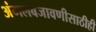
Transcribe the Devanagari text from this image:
अंमलबजावणीसाठीही